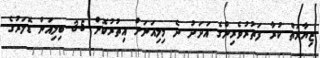
ޒިޔާރަތް ކުރާ ފަތުރުވެރިންގެ އަދަދު ދެ މިލިއަނަށް އިތުރުކޮށް 3.5 ބިލިއަން ޑޮލަރުގެ